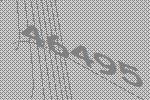
46495